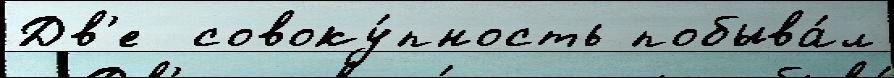
Дв'е  совоку́пность побыва́л